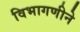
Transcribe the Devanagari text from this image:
विभागणीने